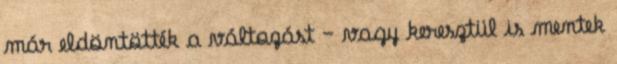
már eldöntötték a változást – vagy keresztül is mentek